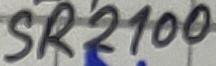
Text: SR2100